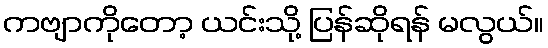
ကဗျာကိုတော့ ယင်းသို့ ပြန်ဆိုရန် မလွယ်။